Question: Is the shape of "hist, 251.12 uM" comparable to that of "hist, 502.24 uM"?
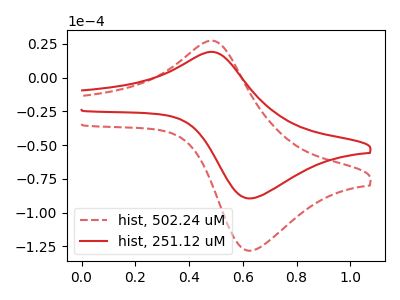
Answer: <think>The red dashed curve "hist, 502.24 uM" has an anodic peak at (0.50V, 27.35uA) and a cathodic peak at (0.65V, -128.10uA). The red curve "hist, 251.12 uM" has an anodic peak at (0.50V, 19.10uA) and a cathodic peak at (0.65V, -89.45uA).
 All the peaks in "hist, 251.12 uM" have a peak in "hist, 502.24 uM" at the same potential. Every peak in "hist, 251.12 uM" is lower than every peak in "hist, 502.24 uM".</think>
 <answer>"hist, 251.12 uM" and "hist, 502.24 uM" are similar in shape.</answer>
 <eval>same_shape</eval>